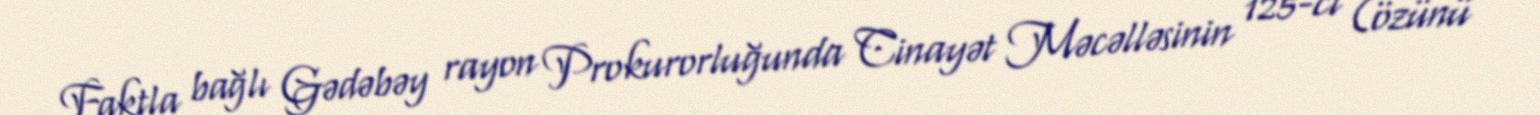
Faktla bağlı Gədəbəy rayon Prokurorluğunda Cinayət Məcəlləsinin 125-ci (özünü